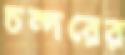
চন্দরের